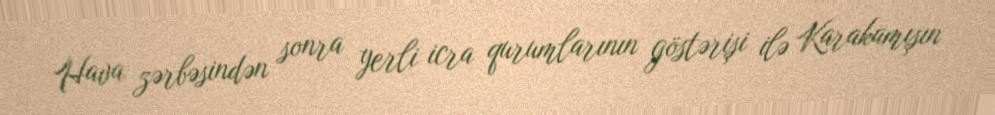
Hava zərbəsindən sonra yerli icra qurumlarının göstərişi ilə Karakamışın